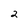
Character: 2